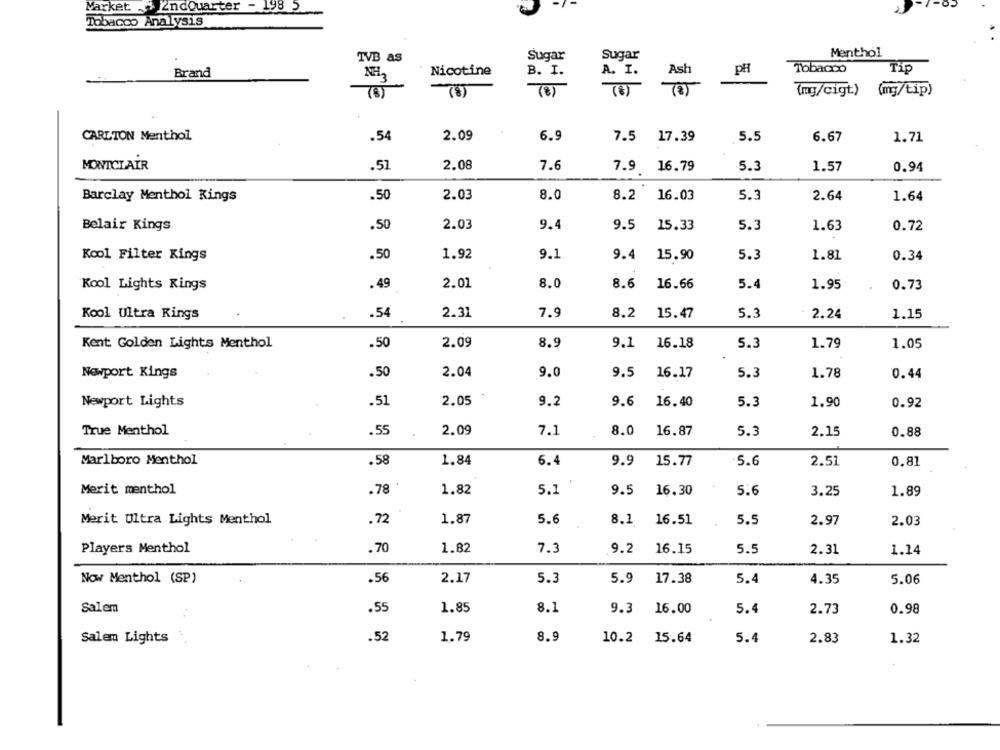
Market . 2ndQuarter - 198 5
Tobacco Analysis
Menthol
TVB as
Sugar
Sugar
Brand
NH2
Nicotine
B. I.
A. I.
Ash
pH
Tobacco
Tip
(8)
(mg/cigt) (mg/tip)
2.09
CARLTON Menthol
.54
6.9
7.5 17.39
5.5
6.67
1.71
.51
2.08
7.6
MONTCLAIR
7.9
16.79
5.3
1.57
0.94
2.03
8.0
5.3
Barclay Menthol Rings
.50
8.2
16.03
2.64
1.64
.50
2.03
9.4
9.5
Belair Kings
15.33
5.3
1.63
0.72
Kool Filter Kings
.50
1.92
9.1
5.3
1.81
9.4
15.90
0.34
Kool Lights Rings
.49
2.01
8.0
8.6
16.66
5.4
1.95
0.73
Kool Ultra Kings
2.31
7.9
8.2
15.47
5.3
2.24
1.15
.54
Kent Golden Lights Menthol
.50
2.09
8.9
9.1
16.18
5.3
1.79
1.05
Newport Kings
.50
2.04
9.0
9.5 16.17
5.3
1.78
0.44
Newport Lights
.51
2.05
9.2
9.6
16.40
5.3
1.90
0.92
True Menthol
.55
2.09
7.1
8.0
16.87
5.3
2.15
0.88
Marlboro Menthol
.58
1.84
6.4
9.9
15.77
5.6
2.51
0.81
.78 .
Merit menthol
1.82
5.1
9.5
16.30
5.6
3.25
1.89
Merit Ultra Lights Menthol
.72
1.87
5.6
8.1
16.51
5.5
2.97
2.03
1.82
Players Menthol
.70
7.3
9.2
16.15
5.5
2.31
1.14
Now Menthol (SP)
.56
2.17
5.3
5.9
17.38
5.4
4.35
5.06
Salem
.55
1.85
8.1
9.3
16.00
5.4
2.73
0.98
.52
8.9
Salem Lights
1.79
10.2 15.64
5.4
2.83
1.32